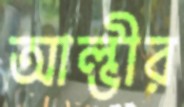
আল্ভীর